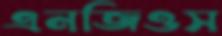
এনজিওস